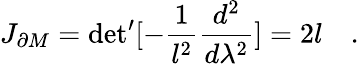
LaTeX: J_{\partial M}=\mathrm{det}^{\prime}[-{\frac{1}{l^{2}}}{\frac{d^{2}}{d\lambda^{2}}}]=2l\quad.